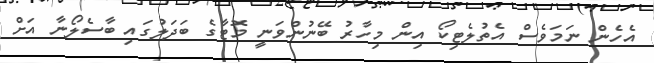
އެހެން ނަމަވެސް އެތުލެޓިކޯ އިން މިހާރު ބޭނުންވަނީ މޮޓާގެ ބަދަލުގައި ބާސެލޯނާ އަށް